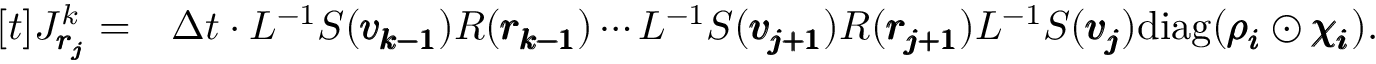
\begin{array} { r l } { [ t ] J _ { \pmb { r _ { j } } } ^ { k } = } & { \Delta t \cdot L ^ { - 1 } S ( \pmb { v _ { k - 1 } } ) R ( \pmb { r _ { k - 1 } } ) \cdots L ^ { - 1 } S ( \pmb { v _ { j + 1 } } ) R ( \pmb { r _ { j + 1 } } ) L ^ { - 1 } S ( \pmb { v _ { j } } ) \mathrm { d i a g } ( \pmb { \rho _ { i } } \odot \pmb { \chi _ { i } } ) . } \end{array}